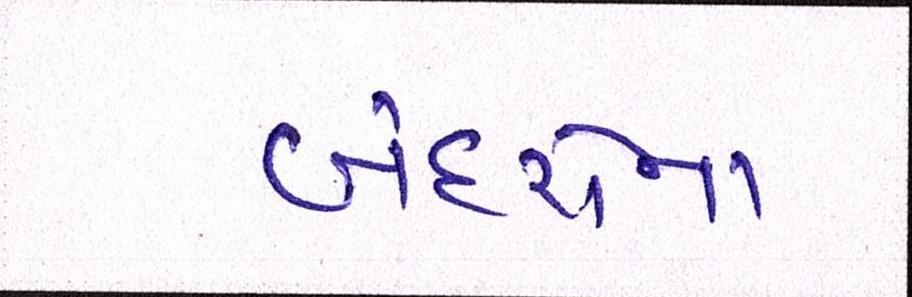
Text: બંદરોના